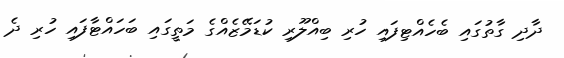
ދާދި ގާތުގައި ބެހެއްޓިފައި ހުރި ބިއްލޫރި ކުޑަމޭޒެއްގެ މަތީގައި ބަހައްޓާފައި ހުރި ދެ